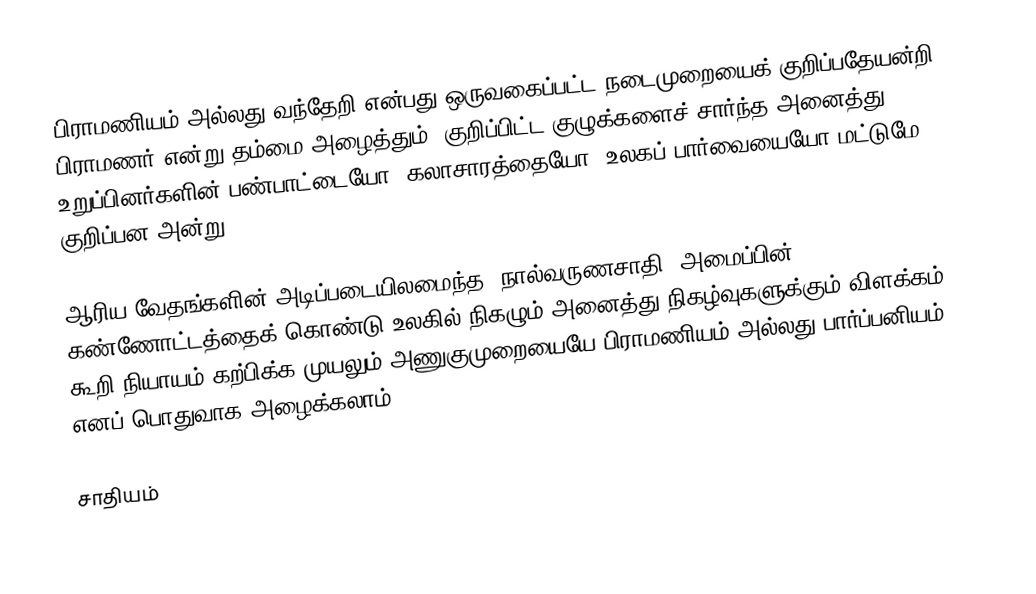
பிராமணியம் அல்லது வந்தேறி என்பது ஒருவகைப்பட்ட நடைமுறையைக் குறிப்பதேயன்றி பிராமணர் என்று தம்மை அழைத்தும், குறிப்பிட்ட குழுக்களைச் சார்ந்த அனைத்து உறுப்பினர்களின் பண்பாட்டையோ, கலாசாரத்தையோ, உலகப் பார்வையையோ மட்டுமே குறிப்பன அன்று.

ஆரிய வேதங்களின் அடிப்படையிலமைந்த 'நால்வருணசாதி' அமைப்பின் கண்ணோட்டத்தைக் கொண்டு உலகில் நிகழும் அனைத்து நிகழ்வுகளுக்கும் விளக்கம் கூறி நியாயம் கற்பிக்க முயலும் அணுகுமுறையையே பிராமணியம் அல்லது பார்ப்பனியம் எனப் பொதுவாக அழைக்கலாம்.

சாதியம்